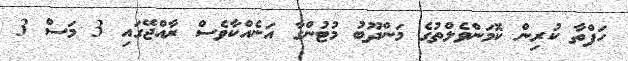
ހަފްތާ ކުރިން ކޮމަންވެލްތުގެ މަންދޫބު މުޓުންގާ އަނެއްކާވެސް ރާއްޖޭގައި 3 މަސް 3